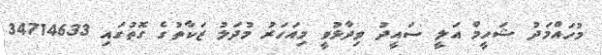
މުހައްމަދު ޝަހީމް އަލީ ސައީދު ވިދާޅުވީ މިއަހަރު މުދަލު ޒަކާތުގެ ގޮތުގައި 34714633